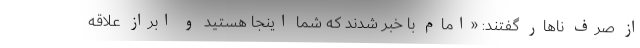
از صرف ناهار گفتند: «امام با خبر شدند که شما اینجا هستید و ابراز علاقه